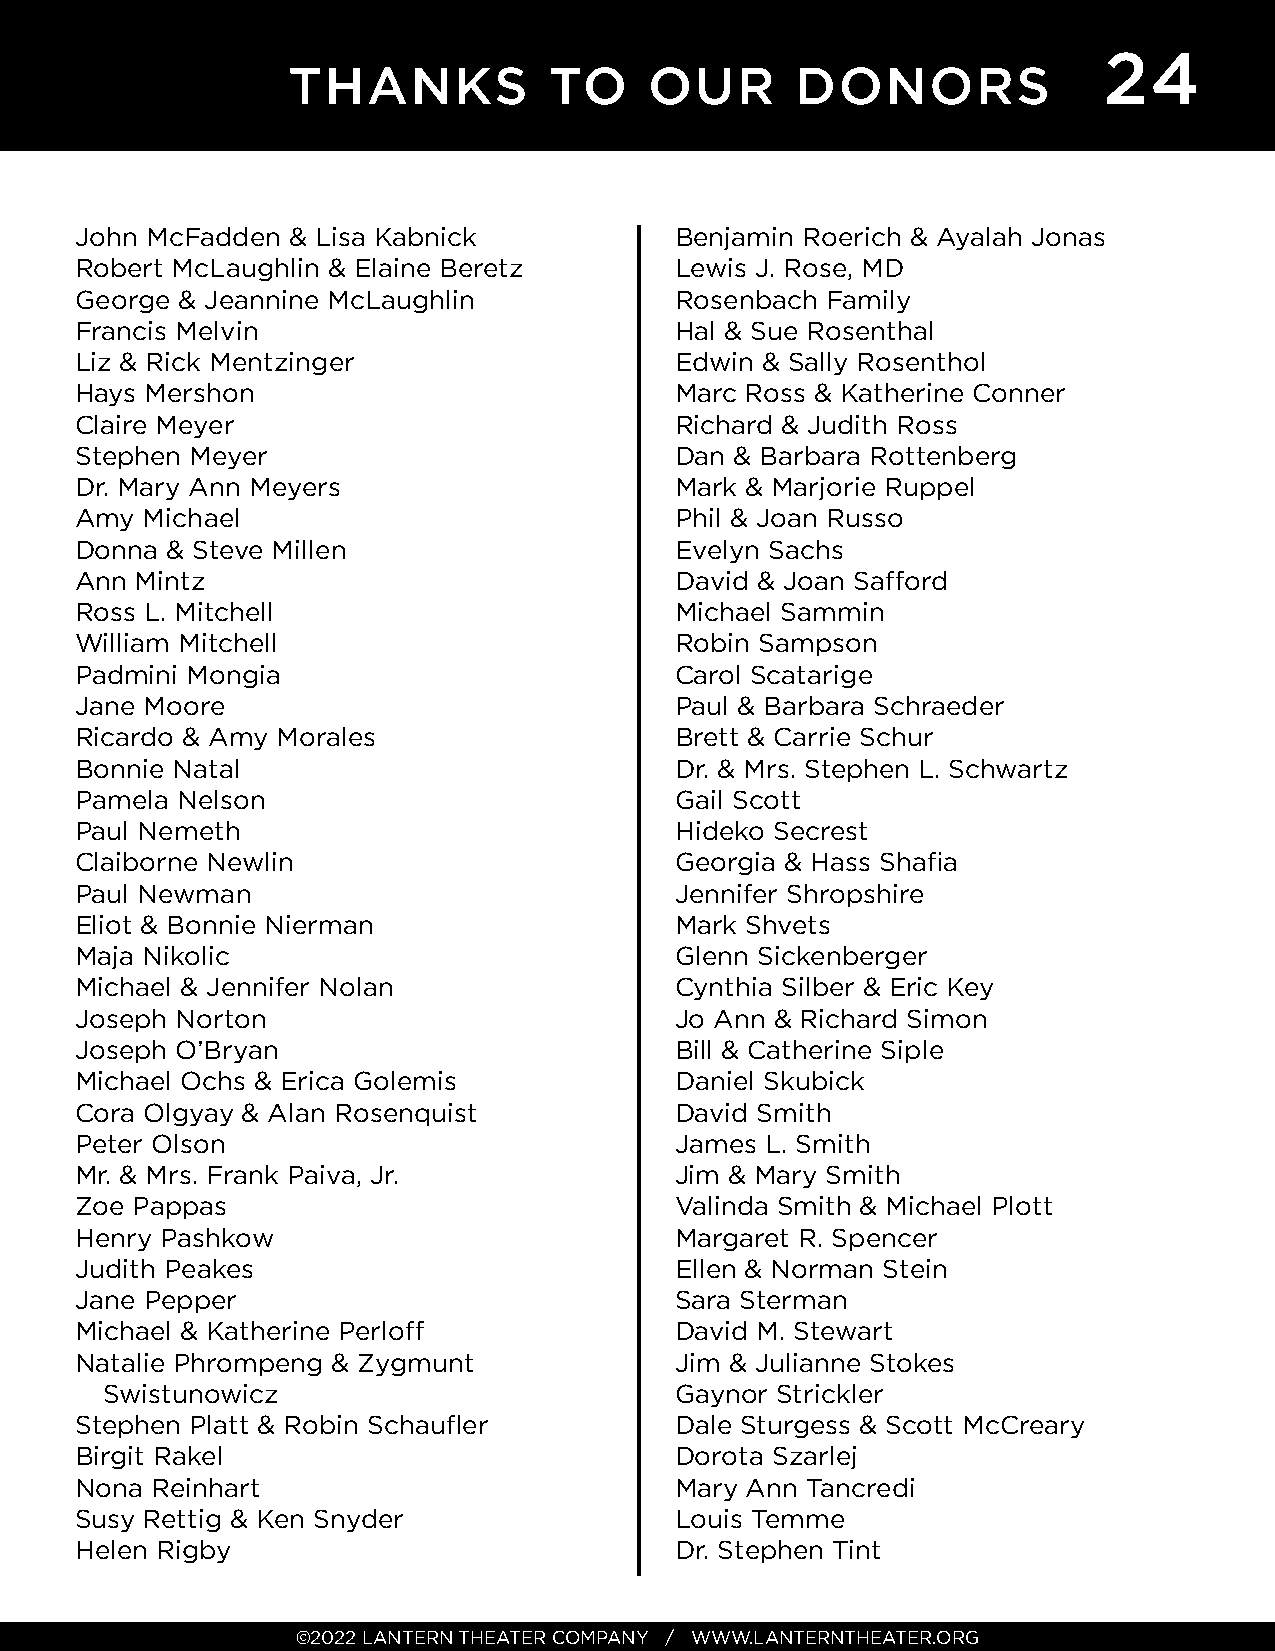
24
 THANKS           TO     OUR       DONORS
 John McFadden & Lisa Kabnick            Benjamin Roerich & Ayalah Jonas
 Robert McLaughlin & Elaine Beretz       Lewis J. Rose, MD
 George & Jeannine McLaughlin            Rosenbach Family
 Francis Melvin                          Hal & Sue Rosenthal
 Liz & Rick Mentzinger                   Edwin & Sally Rosenthol
 Hays Mershon                            Marc Ross & Katherine Conner
 Claire Meyer                            Richard & Judith Ross
 Stephen Meyer                           Dan & Barbara Rottenberg
 Dr. Mary Ann Meyers                     Mark & Marjorie Ruppel
 Amy Michael                             Phil & Joan Russo
 Donna & Steve Millen                    Evelyn Sachs
 Ann Mintz                               David & Joan Saff ord
 Ross L. Mitchell                        Michael Sammin
 William Mitchell                        Robin Sampson
 Padmini Mongia                          Carol Scatarige
 Jane Moore                              Paul & Barbara Schraeder
 Ricardo & Amy Morales                   Brett & Carrie Schur
 Bonnie Natal                            Dr. & Mrs. Stephen L. Schwartz
 Pamela Nelson                           Gail Scott
 Paul Nemeth                             Hideko Secrest
 Claiborne Newlin                        Georgia & Hass Shafi a
 Paul Newman                             Jennifer Shropshire
 Eliot & Bonnie Nierman                  Mark Shvets
 Maja Nikolic                            Glenn Sickenberger
 Michael & Jennifer Nolan                Cynthia Silber & Eric Key
 Joseph Norton                           Jo Ann & Richard Simon
 Joseph O’Bryan                          Bill & Catherine Siple
 Michael Ochs & Erica Golemis            Daniel Skubick
 Cora Olgyay & Alan Rosenquist           David Smith
 Peter Olson                             James L. Smith
 Mr. & Mrs. Frank Paiva, Jr.             Jim & Mary Smith
 Zoe Pappas                              Valinda Smith & Michael Plott
 Henry Pashkow                           Margaret R. Spencer
 Judith Peakes                           Ellen & Norman Stein
 Jane Pepper                             Sara Sterman
 Michael & Katherine Perloff             David M. Stewart
 Natalie Phrompeng & Zygmunt             Jim & Julianne Stokes
 Swistunowicz                          Gaynor Strickler
 Stephen Platt & Robin Schaufl er        Dale Sturgess & Scott McCreary
 Birgit Rakel                            Dorota Szarlej
 Nona Reinhart                           Mary Ann Tancredi
 Susy Rettig & Ken Snyder                Louis Temme
 Helen Rigby                             Dr. Stephen Tint
 ©2022 LANTERN THEATER COMPANY / WWW.LANTERNTHEATER.ORG